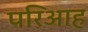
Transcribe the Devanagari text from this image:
परिआह